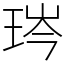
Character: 琌